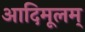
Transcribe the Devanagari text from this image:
आदिमूलम्